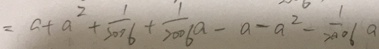
= a + a ^ { 2 } + \frac { 1 } { 2 0 0 6 } + \frac { 1 } { 2 0 0 6 } a - a - a ^ { 2 } - \frac { 1 } { 2 0 0 6 } a